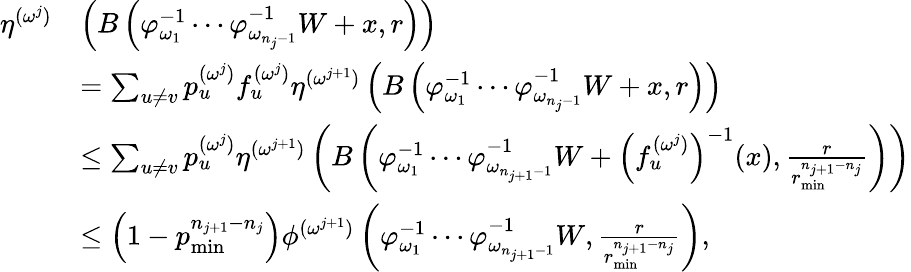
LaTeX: \begin{array}{rl}{\eta^{(\omega^{j})}}&{\left(B\left(\varphi_{\omega_{1}}^{-1}\cdots\varphi_{\omega_{n_{j}-1}}^{-1}W+x,r\right)\right)}\\ &{=\sum_{u\neq v}p_{u}^{(\omega^{j})}f_{u}^{(\omega^{j})}\eta^{(\omega^{j+1})}\left(B\left(\varphi_{\omega_{1}}^{-1}\cdots\varphi_{\omega_{n_{j}-1}}^{-1}W+x,r\right)\right)}\\ &{\leq\sum_{u\neq v}p_{u}^{(\omega^{j})}\eta^{(\omega^{j+1})}\left(B\left(\varphi_{\omega_{1}}^{-1}\cdots\varphi_{\omega_{n_{j+1}-1}}^{-1}W+\left(f_{u}^{(\omega^{j})}\right)^{-1}(x),\frac{r}{r_{\operatorname*{min}}^{n_{j+1}-n_{j}}}\right)\right)}\\ &{\leq\left(1-p_{\operatorname*{min}}^{n_{j+1}-n_{j}}\right)\phi^{(\omega^{j+1})}\left(\varphi_{\omega_{1}}^{-1}\cdots\varphi_{\omega_{n_{j+1}-1}}^{-1}W,\frac{r}{r_{\operatorname*{min}}^{n_{j+1}-n_{j}}}\right),}\end{array}